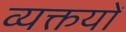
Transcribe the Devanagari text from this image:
व्यक्तयों